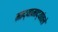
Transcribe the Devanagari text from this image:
माद्यामाद्यांतले